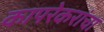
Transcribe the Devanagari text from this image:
कापरेकरांचा